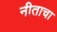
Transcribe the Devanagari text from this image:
नीताचा